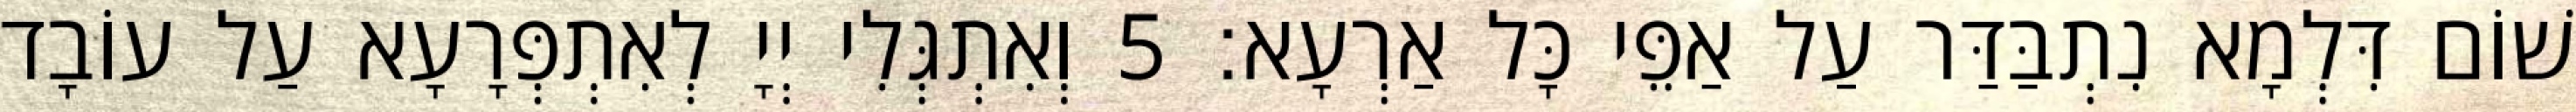
שׁוֹם דִּלְמָא נִתְבַּדַּר עַל אַפֵּי כָּל אַרְעָא׃ 5 וְאִתְגְּלִי יְיָ לְאִתְפְּרָעָא עַל עוֹבָד